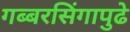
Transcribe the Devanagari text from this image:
गब्बरसिंगापुढे